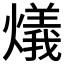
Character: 燨